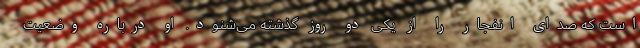
است که صدای انفجار را از یکی دو روز گذشته می‌شنود. او درباره وضعیت